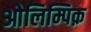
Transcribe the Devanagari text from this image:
ओलिम्पिक़